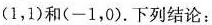
(1，1)和(-1，0).下列结论：